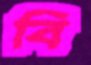
বি